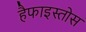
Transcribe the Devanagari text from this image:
हैफाइस्तोस